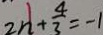
2 n + \frac { 4 } { 3 } = - 1